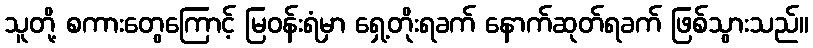
သူတို့ စကားတွေကြောင့် မြဝန်းရံမှာ ရှေ့တိုးရခက် နောက်ဆုတ်ရခက် ဖြစ်သွားသည်။